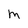
Character: M